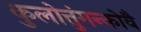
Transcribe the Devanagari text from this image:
कुलोत्तुंगन्कोवै